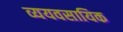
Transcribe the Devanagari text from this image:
व्ययवसायिक